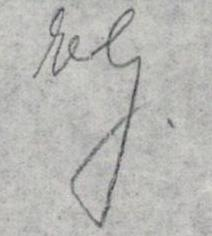
EG.